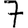
Digit: 7